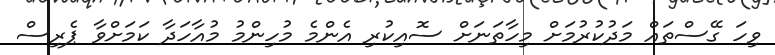
ވިހަ ގޭސްތައް މަދުކުރުމަށް މިހާތަނަށް ސޮއިކުރި އެންމެ މުހިންމު މުއާހަދާ ކަމަށްވާ ޕެރިސް